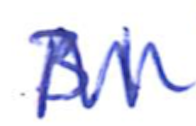
Text: 31
Cross-out: mix
Writing tool: ballpoint